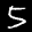
Label: 5